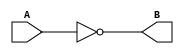
module not_gate (
    input wire A,
    output reg B
);

always @ (A)
begin
    B = ~A;
end

endmodule